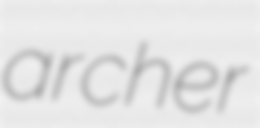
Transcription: archer